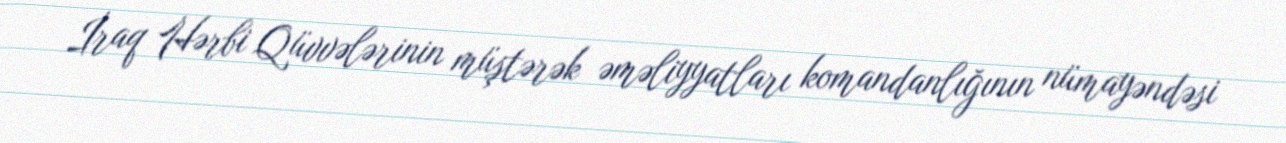
İraq Hərbi Qüvvələrinin müştərək əməliyyatları komandanlığının nümayəndəsi